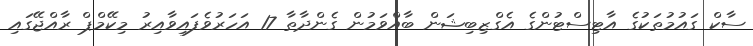
ސާކް ގައުމުތަކުގެ އާޓިސްޓުންގެ އެގްޒިބިޝަން ބާއްވަމުން ގެންދާތާ 17 އަހަރުވެފައިވާއިރު މިކޭމްޕް ރާއްޖޭގައި